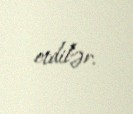
etdilər.